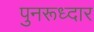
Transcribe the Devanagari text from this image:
पुनरूध्दार